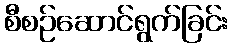
စီစဉ်ဆောင်ရွက်ခြင်း